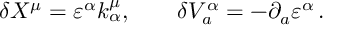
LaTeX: \delta X ^ { \mu } = \varepsilon ^ { \alpha } k _ { \alpha } ^ { \mu } , \qquad \delta V _ { a } ^ { \alpha } = - \partial _ { a } \varepsilon ^ { \alpha } \, .